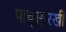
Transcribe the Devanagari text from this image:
पाचूसारखी